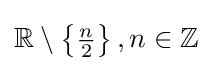
\mathbb {R} \setminus \left\{{\tfrac {n}{2}}\right\},n\in \mathbb {Z}